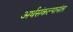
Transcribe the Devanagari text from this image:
अर्थसंकल्पानंतर